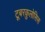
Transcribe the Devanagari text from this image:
टूबरकुलोसिस